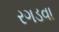
રગડવા